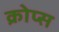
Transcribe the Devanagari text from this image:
क्रोप्स